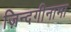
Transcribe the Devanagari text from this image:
ज़िन्दगीनामा